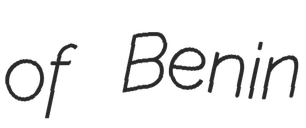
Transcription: of Benin